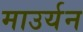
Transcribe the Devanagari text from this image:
माउर्यन